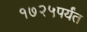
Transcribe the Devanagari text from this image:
१७२५पर्यंत